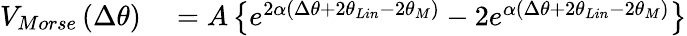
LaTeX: \begin{array}{rl}{{{V}_{Morse}}\left(\Delta{{\theta}}\right)}&{{}=A\left\{ {{e}^{2\alpha\left(\Delta{{\theta}}+2{{\theta}_{Lin}}-2\theta_{M}\right)}}-2{{e}^{\alpha\left(\Delta{{\theta}}+2{{\theta}_{Lin}}-2\theta_{M}\right)}}\right\} }\end{array}